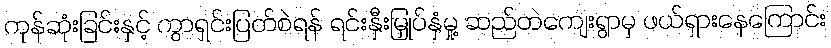
ကုန်ဆုံးခြင်းနှင့် ကွာရှင်းပြတ်စဲရန် ရင်းနှီးမြှုပ်နှံမှု့ ဆည်တဲကျေးရွာမှ ဖယ်ရှားနေကြောင်း